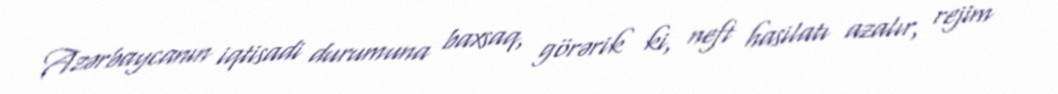
Azərbaycanın iqtisadi durumuna baxsaq, görərik ki, neft hasilatı azalır, rejim